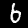
Label: 6